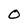
Character: O